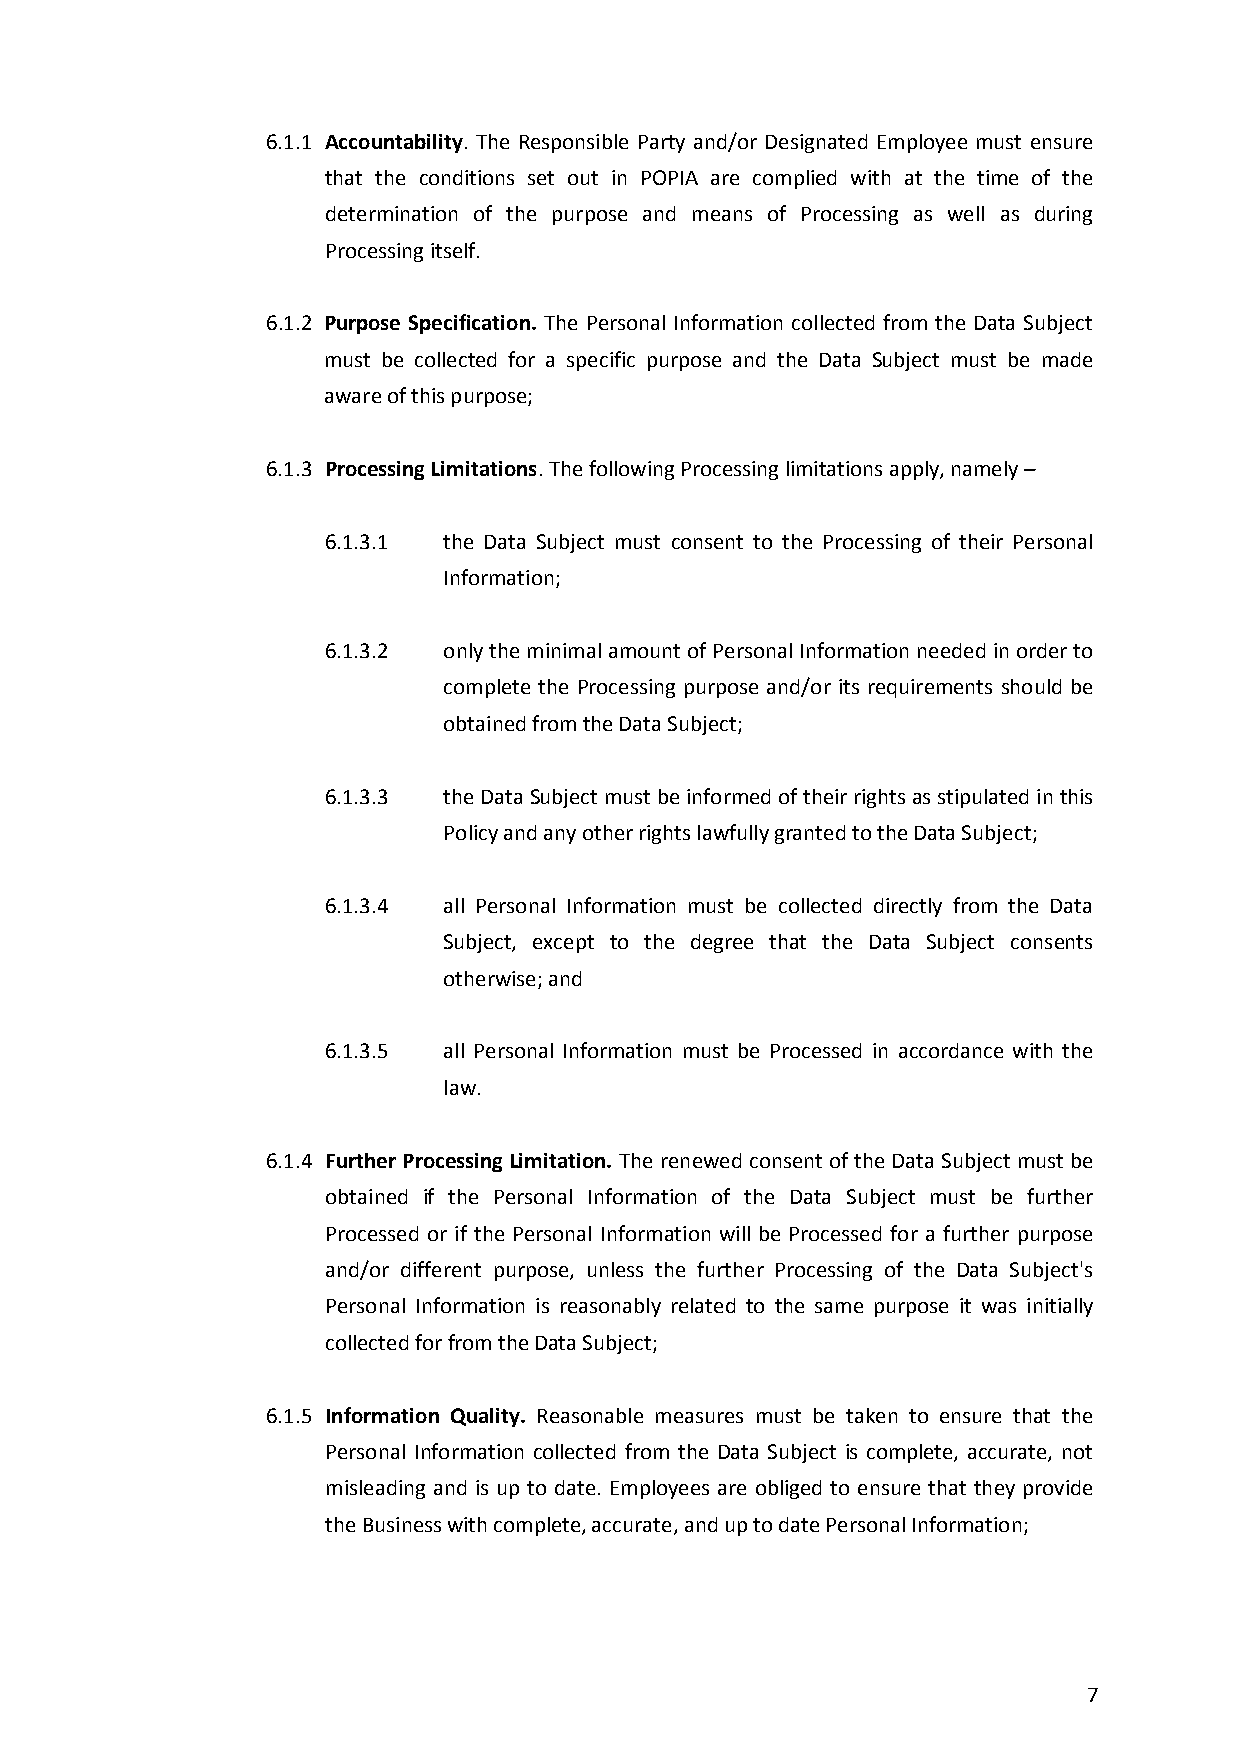
6.1.1 Accountability. The Responsible Party and/or Designated Employee must ensure
 that the conditions set out in POPIA are complied with at the time of the
 determination of the purpose and means of Processing as well as during
 Processing itself.
 6.1.2 Purpose Specification. The Personal Information collected from the Data Subject
 must be collected for a specific purpose and the Data Subject must be made
 aware of this purpose;
 6.1.3 Processing Limitations. The following Processing limitations apply, namely –
 6.1.3.1 the Data Subject must consent to the Processing of their Personal
 Information;
 6.1.3.2 only the minimal amount of Personal Information needed in order to
 complete the Processing purpose and/or its requirements should be
 obtained from the Data Subject;
 6.1.3.3 the Data Subject must be informed of their rights as stipulated in this
 Policy and any other rights lawfully granted to the Data Subject;
 6.1.3.4 all Personal Information must be collected directly from the Data
 Subject, except to the degree that the Data Subject consents
 otherwise; and
 6.1.3.5 all Personal Information must be Processed in accordance with the
 law.
 6.1.4 Further Processing Limitation. The renewed consent of the Data Subject must be
 obtained if the Personal Information of the Data Subject must be further
 Processed or if the Personal Information will be Processed for a further purpose
 and/or different purpose, unless the further Processing of the Data Subject's
 Personal Information is reasonably related to the same purpose it was initially
 collected for from the Data Subject;
 6.1.5 Information Quality. Reasonable measures must be taken to ensure that the
 Personal Information collected from the Data Subject is complete, accurate, not
 misleading and is up to date. Employees are obliged to ensure that they provide
 the Business with complete, accurate, and up to date Personal Information;
 7